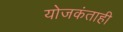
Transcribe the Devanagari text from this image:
योजकंताही